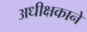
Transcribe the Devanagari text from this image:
अधीक्षकाने